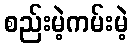
စည်းမဲ့ကမ်းမဲ့